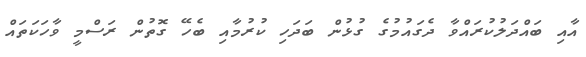
އާއި ބައްދަލުކުރައްވާ ދެގައުމުގެ ގުޅުން ބަދަހި ކުރުމާއި ބެހޭ ގޮތުން ރަސްމީ ވާހަކަތައް